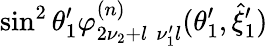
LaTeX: \sin^{2}\theta_{1}^{\prime}\varphi_{2\nu_{2}+l\, \, \nu_{1}^{\prime}l}^{(n)}(\theta_{1}^{\prime},\hat{\xi}_{1}^{\prime})